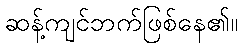
ဆန့်ကျင်ဘက်ဖြစ်နေ၏။